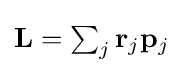
{\textstyle \mathbf {L} =\sum _{j}\mathbf {r} _{j}\mathbf {p} _{j}}